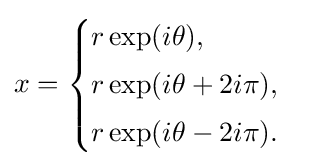
x={\begin{cases}r\exp(i\theta ),\\[3px]r\exp(i\theta +2i\pi ),\\[3px]r\exp(i\theta -2i\pi ).\end{cases}}